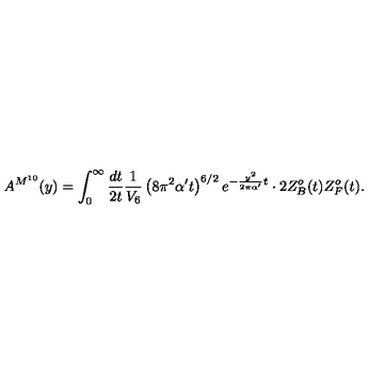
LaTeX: A ^ { M ^ { 1 0 } } ( y ) = \int _ { 0 } ^ { \infty } { \frac { d t } { 2 t } } { \frac { 1 } { V _ { 6 } } } \left( 8 \pi ^ { 2 } \alpha ^ { \prime } t \right) ^ { 6 / 2 } e ^ { - { \frac { y ^ { 2 } } { 2 \pi \alpha ^ { \prime } } } t } \cdot 2 Z _ { B } ^ { o } ( t ) Z _ { F } ^ { o } ( t ) .